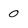
Character: 0